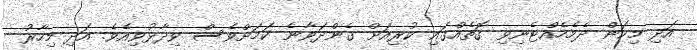
އަދި މިކަން ދެމެހެއްޓެނިވި ގޮތެއްގައި ކުރިއަށް ގެންދަވާނެ ކަމަށްވެސް ވިދާޅުވިއެވެ. އަދި މިހާރު